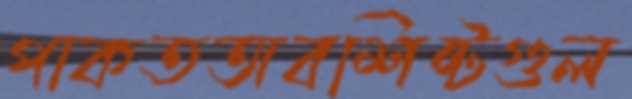
পাকতঅবশিষ্টগুল